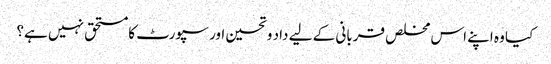
کیا وہ اپنے اس مخلص قربانی کے لیے داد و تحسین اور سپورٹ کا مستحق نہیں ہے؟